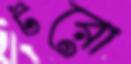
টরো